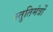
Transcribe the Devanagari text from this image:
स्तुतिमंत्रों